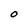
Character: 0